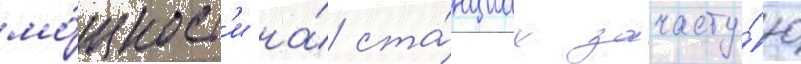
мо́щност'и на́ ста́нциах зачасту́ю